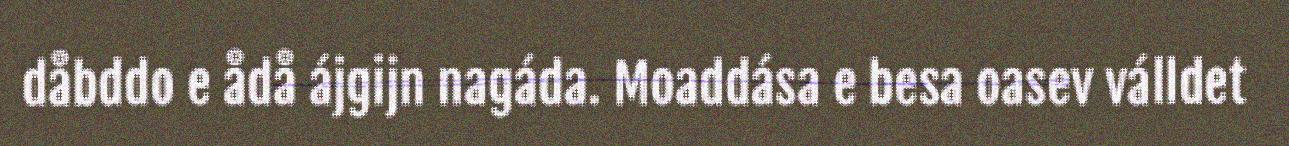
dåbddo e ådå ájgijn nagáda. Moaddása e besa oasev válldet